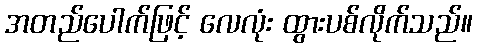
အတည်ပေါက်ဖြင့် လေလုံး ထွားပစ်လိုက်သည်။